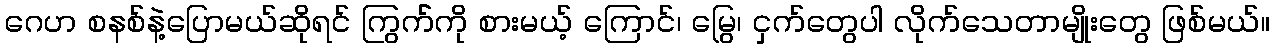
ဂေဟ စနစ်နဲ့ပြောမယ်ဆိုရင် ကြွက််ကို စားမယ့် ကြောင်၊ မြွေ၊ ငှက်တွေပါ လိုက်သေတာမျိုးတွေ ဖြစ်မယ်။